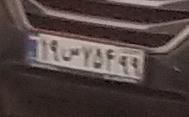
۱۹س۷۵۴۹۹